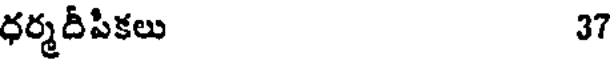
ధర్మదీపికలు 37